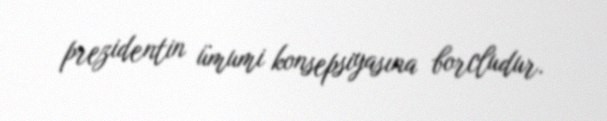
prezidentin ümumi konsepsiyasına borcludur.